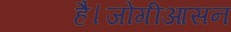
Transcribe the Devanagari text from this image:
है।जोगीआसन